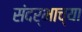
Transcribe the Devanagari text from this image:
संदर्भाच्या